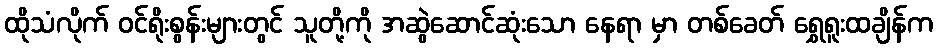
ထိုသံလိုက် ဝင်ရိုးစွန်းများတွင် သူတို့ကို အဆွဲဆောင်ဆုံးသော နေရာ မှာ တစ်ခေတ် ရွှေရူးထချိန်က